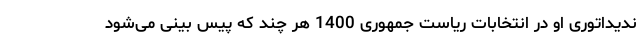
ندیداتوری او در انتخابات ریاست جمهوری 1400 هر چند که پیس بینی می‌شود